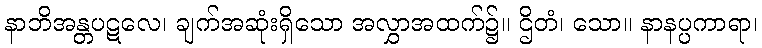
နာဘိအန္တပဋလေ၊ ချက်အဆုံးရှိသော အလွှာအထက်၌။ ဌိတံ၊ သော။ နာနပ္ပကာရာ၊